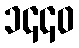
၁၄၄၀